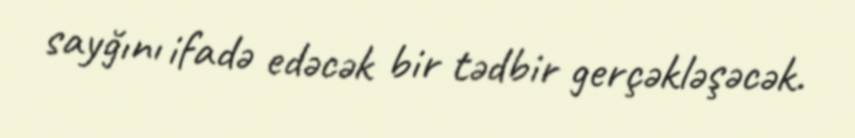
sayğını ifadə edəcək bir tədbir gerçəkləşəcək.